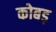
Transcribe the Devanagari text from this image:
कोबड़